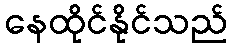
နေထိုင်နိုင်သည်